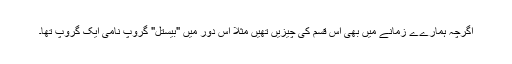
اگرچہ ہمارےے زمانے میں بھی اس قسم کی چیزیں تھیں مثلا اس دور میں "بیستل" گروپ نامی ایک گروپ تھا۔